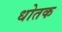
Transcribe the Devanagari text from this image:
धोतक